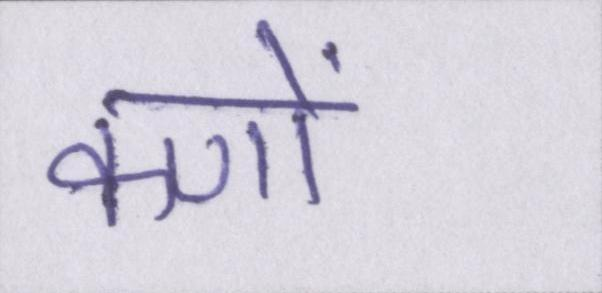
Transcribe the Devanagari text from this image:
कणों